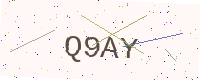
Text: Q9AY